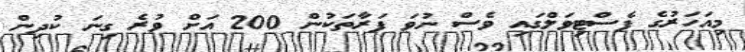
މިއަހަރުގެ ފެސްޓިވަލްގައި ވެސް ނުވަ ފަރާތަކުން 200 އަށް ވުރެ ގިނަ ކުދިން